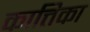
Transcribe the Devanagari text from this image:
कात्तिका